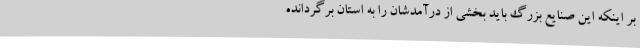
بر اینکه این صنایع بزرگ باید بخشی از درآمدشان را به استان برگردانده